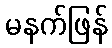
မနက်ဖြန်